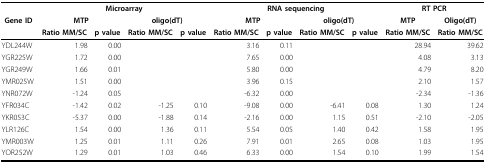
<table><thead><tr><td></td><td colspan="4"><b>Microarray</b></td><td colspan="4"><b>RNA sequencing</b></td><td colspan="2"><b>RT PCR</b></td></tr><tr><td><b>Gene ID</b></td><td colspan="2"><b>MTP</b></td><td colspan="2"><b>oligo(dT)</b></td><td colspan="2"><b>MTP</b></td><td colspan="2"><b>oligo(dT)</b></td><td><b>MTP</b></td><td><b>Oligo(dT)</b></td></tr><tr><td></td><td><b>Ratio MM/SC</b></td><td><b>p value</b></td><td><b>Ratio MM/SC</b></td><td><b>p value</b></td><td><b>Ratio MM/SC</b></td><td><b>p value</b></td><td><b>Ratio MM/SC</b></td><td><b>p value</b></td><td><b>Ratio MM/SC</b></td><td><b>Ratio MM/SC</b></td></tr></thead><tbody><tr><td>YDL244W</td><td>1.98</td><td>0.00</td><td></td><td></td><td>3.16</td><td>0.11</td><td></td><td></td><td>28.94</td><td>39.62</td></tr><tr><td>YGR225W</td><td>1.72</td><td>0.00</td><td></td><td></td><td>7.65</td><td>0.00</td><td></td><td></td><td>4.08</td><td>3.13</td></tr><tr><td>YGR249W</td><td>1.66</td><td>0.01</td><td></td><td></td><td>5.80</td><td>0.00</td><td></td><td></td><td>4.79</td><td>8.20</td></tr><tr><td>YMR025W</td><td>1.51</td><td>0.00</td><td></td><td></td><td>3.96</td><td>0.15</td><td></td><td></td><td>2.10</td><td>1.57</td></tr><tr><td>YNR072W</td><td>-1.24</td><td>0.05</td><td></td><td></td><td>-6.32</td><td>0.00</td><td></td><td></td><td>-2.34</td><td>-1.36</td></tr><tr><td>YFR034C</td><td>-1.42</td><td>0.02</td><td>-1.25</td><td>0.10</td><td>-9.08</td><td>0.00</td><td>-6.41</td><td>0.08</td><td>1.30</td><td>1.24</td></tr><tr><td>YKR053C</td><td>-5.37</td><td>0.00</td><td>-1.88</td><td>0.14</td><td>-2.16</td><td>0.00</td><td>1.15</td><td>0.51</td><td>-2.10</td><td>-2.05</td></tr><tr><td>YLR126C</td><td>1.54</td><td>0.00</td><td>1.36</td><td>0.11</td><td>5.54</td><td>0.05</td><td>1.40</td><td>0.42</td><td>1.58</td><td>1.95</td></tr><tr><td>YMR003W</td><td>1.25</td><td>0.01</td><td>1.11</td><td>0.26</td><td>7.91</td><td>0.01</td><td>2.65</td><td>0.08</td><td>1.03</td><td>1.95</td></tr><tr><td>YOR252W</td><td>1.29</td><td>0.01</td><td>1.03</td><td>0.46</td><td>6.33</td><td>0.00</td><td>1.54</td><td>0.10</td><td>1.99</td><td>1.54</td></tr></tbody></table>